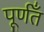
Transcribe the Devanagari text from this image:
पूर्णँत